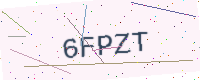
Text: 6FPZT